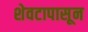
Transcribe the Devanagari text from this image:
शेवटापासून